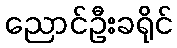
ညောင်ဦးခရိုင်